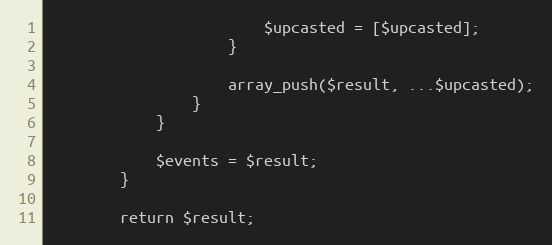
Language: PHP
                        $upcasted = [$upcasted];
                    }

                    array_push($result, ...$upcasted);
                }
            }

            $events = $result;
        }

        return $result;